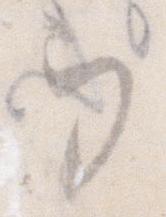
ヲ